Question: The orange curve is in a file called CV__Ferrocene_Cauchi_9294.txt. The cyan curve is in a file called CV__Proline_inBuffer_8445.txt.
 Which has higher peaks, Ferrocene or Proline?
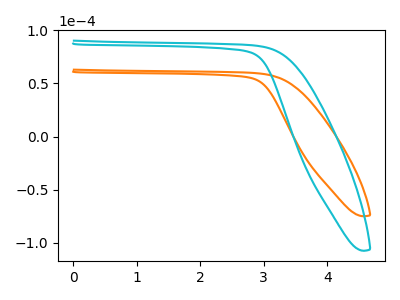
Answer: <think>The orange curve "Ferrocene" has no peaks. The cyan curve "Proline" has no peaks.</think>
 <answer>Niether CV has any peaks.</answer>
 <eval>blanks</eval>